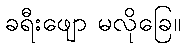
ခရီးဖျော မလိုခြေ။